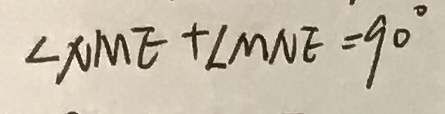
\angle N M E + \angle M N E = 9 0 ^ { \circ }